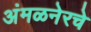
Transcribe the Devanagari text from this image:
अंमळनेरचे